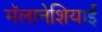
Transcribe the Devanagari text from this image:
मॅलानेशियाई